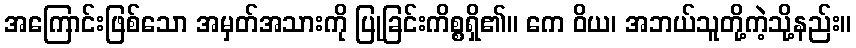
အကြောင်းဖြစ်သော အမှတ်အသားကို ပြုခြင်းကိစ္စရှိ၏။ ကေ ဝိယ၊ အဘယ်သူတို့ကဲ့သို့နည်း။